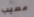
مصيب